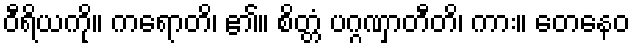
ဝီရိယကို။ ကရောတိ၊ ၏။ စိတ္တံ ပဂ္ဂဏှာတီတိ၊ ကား။ တေနေဝ